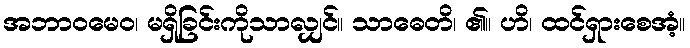
အဘာဝမေဝ၊ မရှိခြင်းကိုသာလျှင်။ သာဓေတိ၊ ၏။ ဟိ၊ ထင်ရှားစေအံ့။